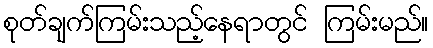
စုတ်ချက်ကြမ်းသည့်နေရာတွင် ကြမ်းမည်။